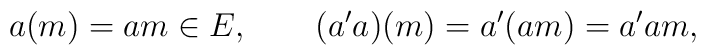
a(m)=am\in E,\qquad (a'a)(m)=a'(am)=a'am,